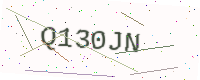
Text: Q130JN